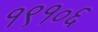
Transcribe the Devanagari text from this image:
१९१०६